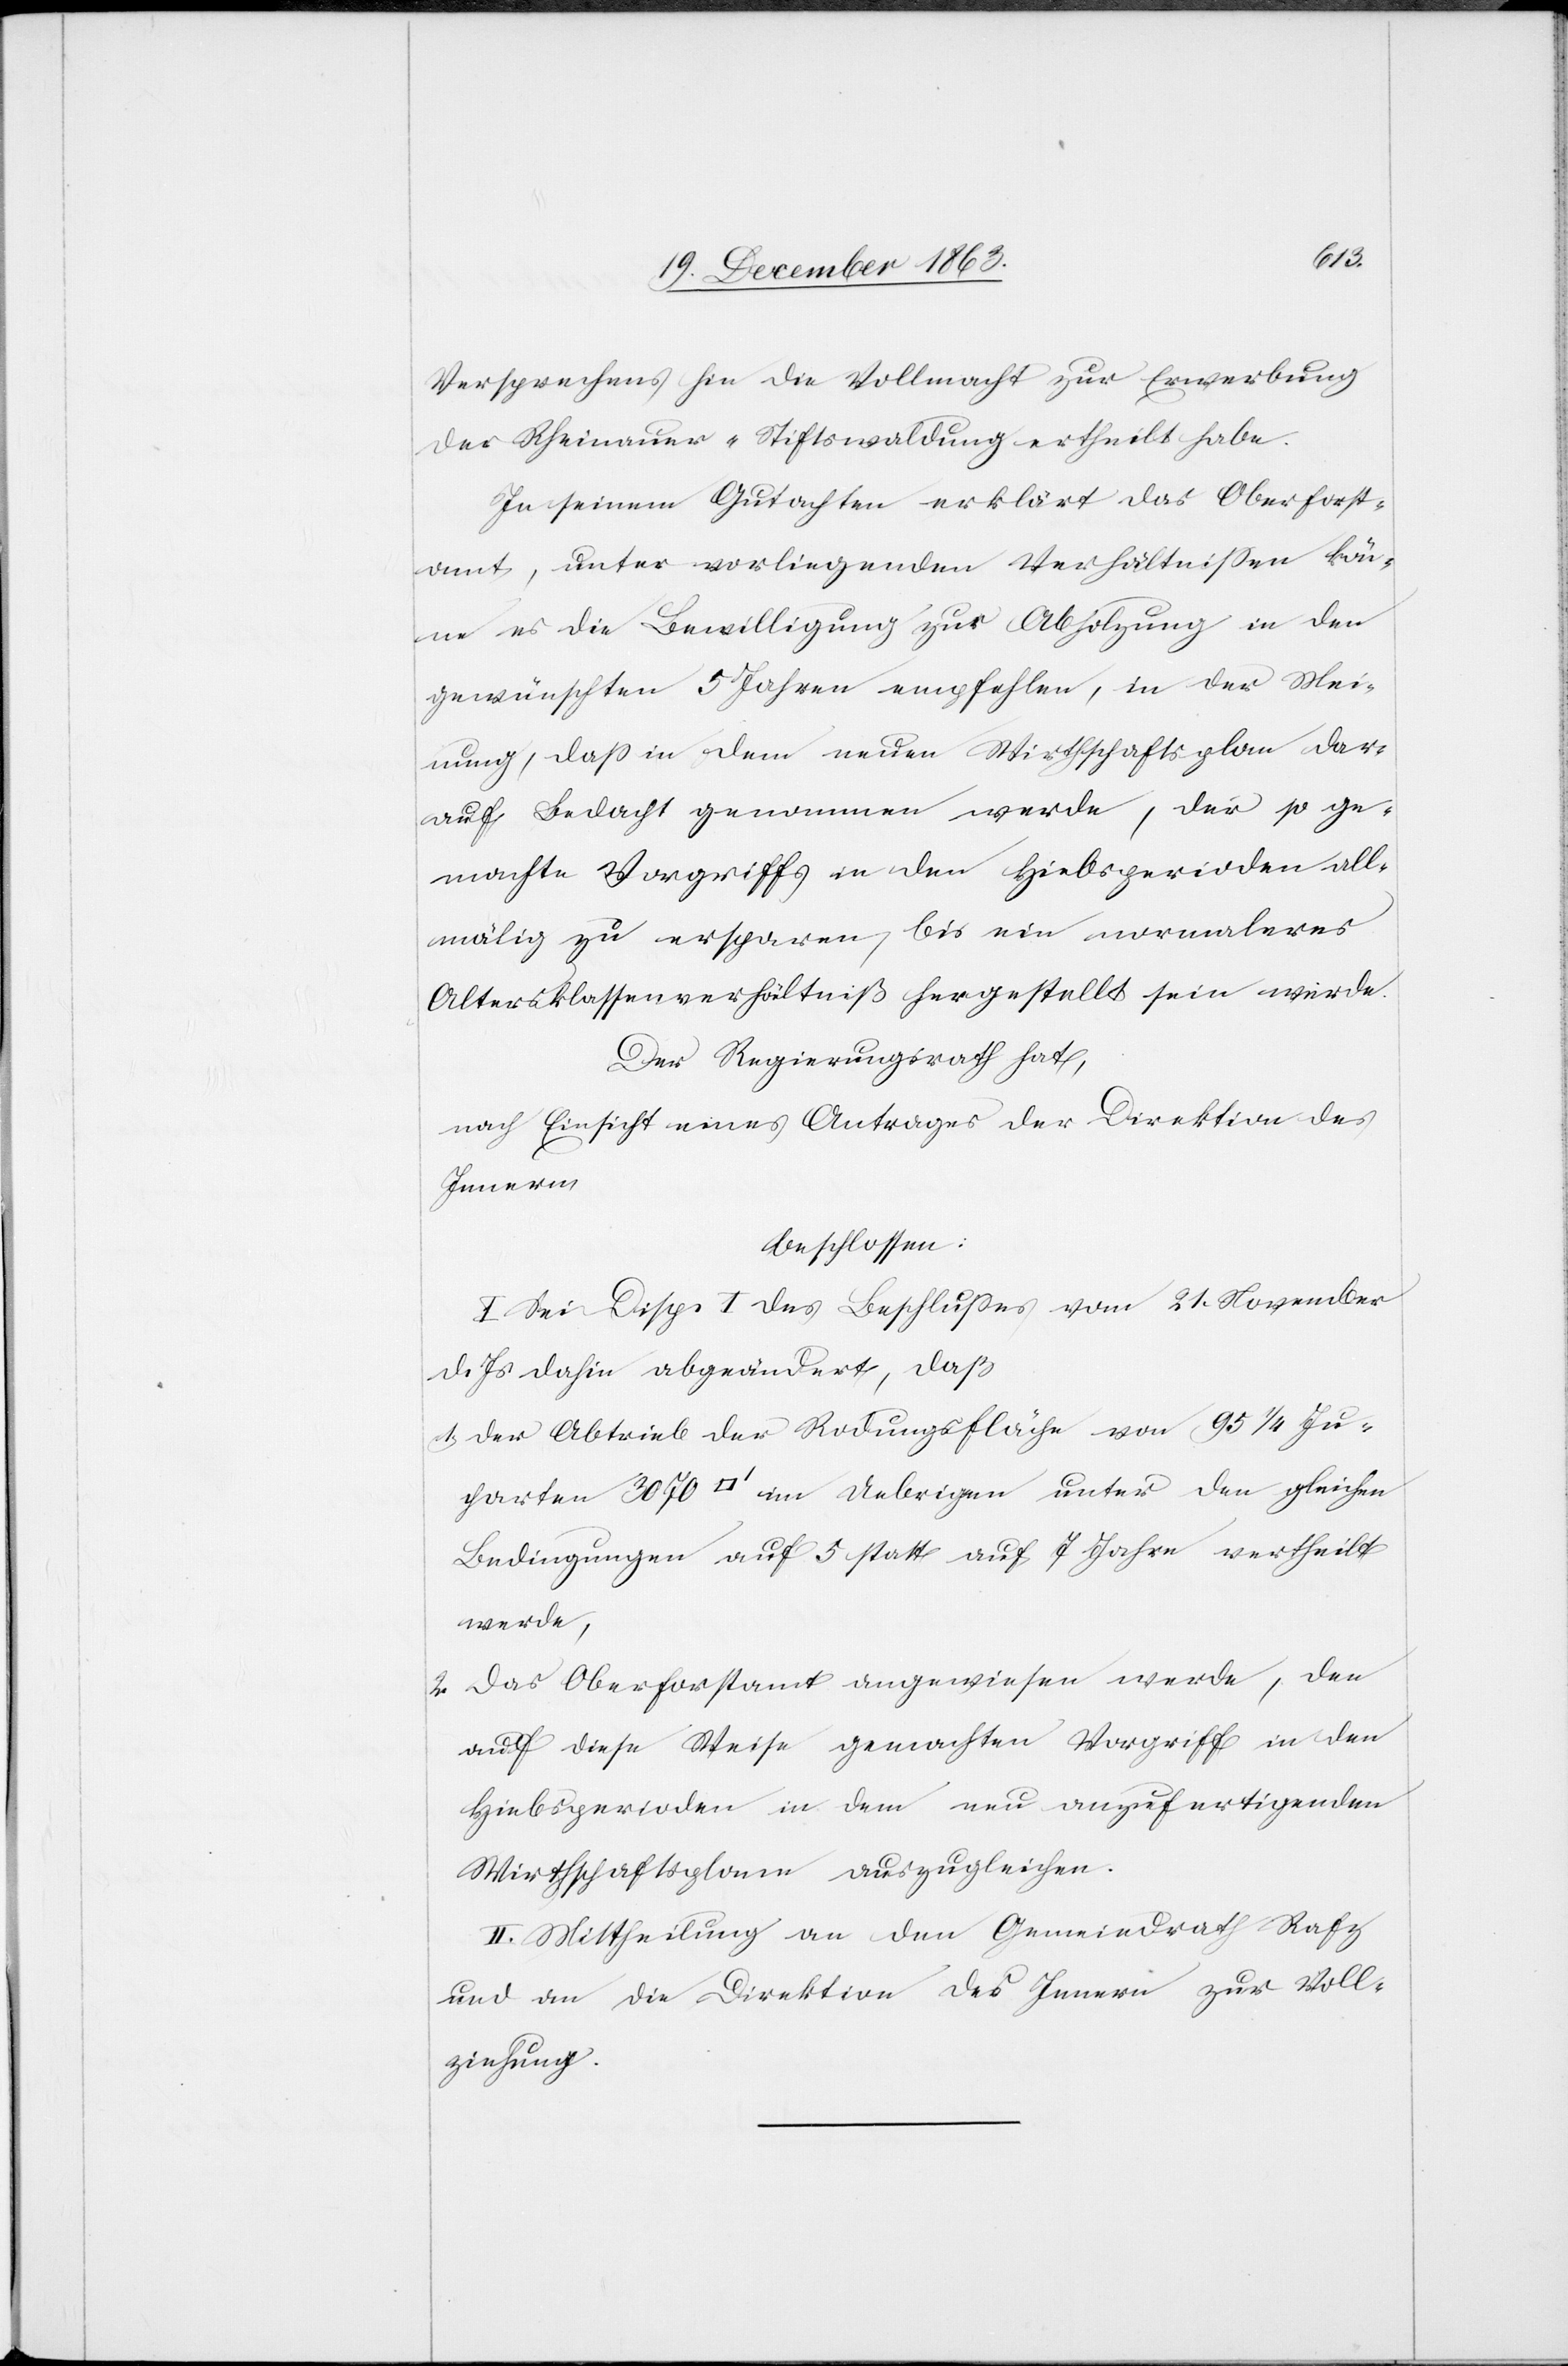
Versprechens hin die Vollmacht zur Erwerbung
der Rheinauer-Stiftswaldung ertheilt habe.
In seinem Gutachten erklärt das Oberforst¬
amt, unter vorliegenden Verhältnissen kön¬
ne es die Bewilligung zur Abholzung in den
gewünschten 5 Jahren empfehlen, in der Mei¬
nung, dass in dem neuen Wirthschaftsplan dar¬
auf Bedacht genommen werde, der so ge¬
machte Vorgriffs in den Hiebsperioden all¬
mälig zu ersparen, bis ein normaleres
Altersklassenverhältniß hergestellt sein werde.
Der Regierungsrath hat,
nach Einsicht eines Antrages der Direktion des
Innern
beschlossen:
I. Sei Disp. I des Beschlusses vom 21. November
d. Js. dahin abgeändert, daß
1. der Abtrieb der Rodungsfläche von 95 1/4 Ju¬
charten 3070 [Quadratfuss] im Uebrigen unter den gleichen
Bedingungen auf 5 statt auf 7 Jahre vertheilt
werde,
2. Das Oberforstamt angewiesen werde, den
auf diese Weise gemachten Vorgriff in den
Hiebsperioden in dem neu anzufertigenden
Wirthschaftsplane auszugleichen.
II. Mittheilung an den Gemeindrath Rafz
und an die Direktion des Innern zur Voll¬
ziehung.